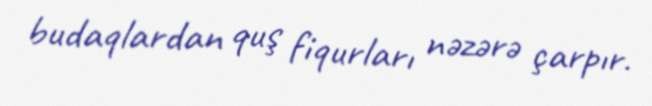
budaqlardan quş fiqurları nəzərə çarpır.